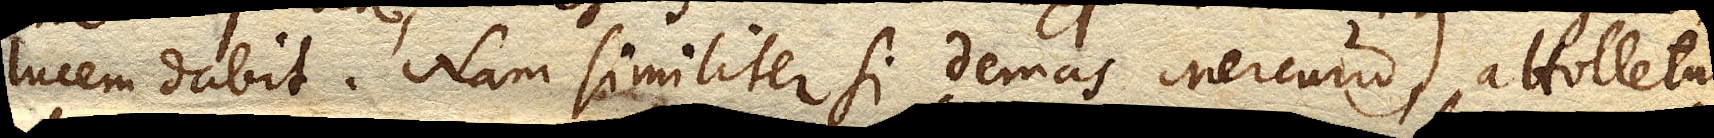
lucem dabit. Nam similiter si demas Mercurium, attolletur